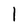
Character: l